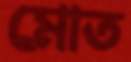
মোত